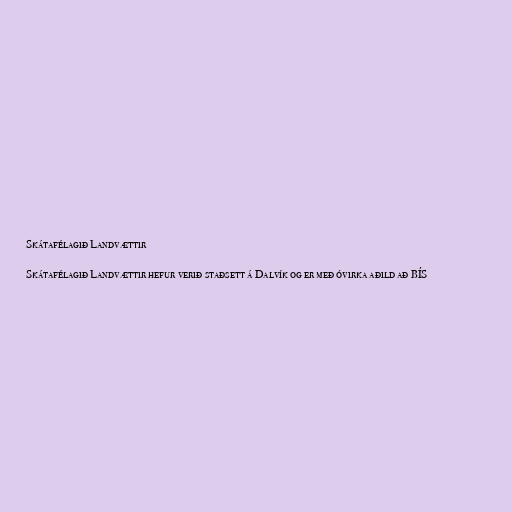
Skátafélagið Landvættir

Skátafélagið Landvættir hefur verið staðsett á Dalvík og er með óvirka aðild að BÍS